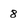
Character: 8